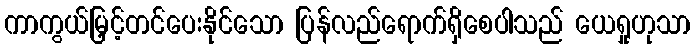
ကာကွယ်မြှင့်တင်ပေးနိုင်သော ပြန်လည်ရောက်ရှိစေပါသည် ယေရှုဟုသာ